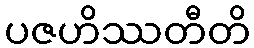
ပဇဟိဿတီတိ